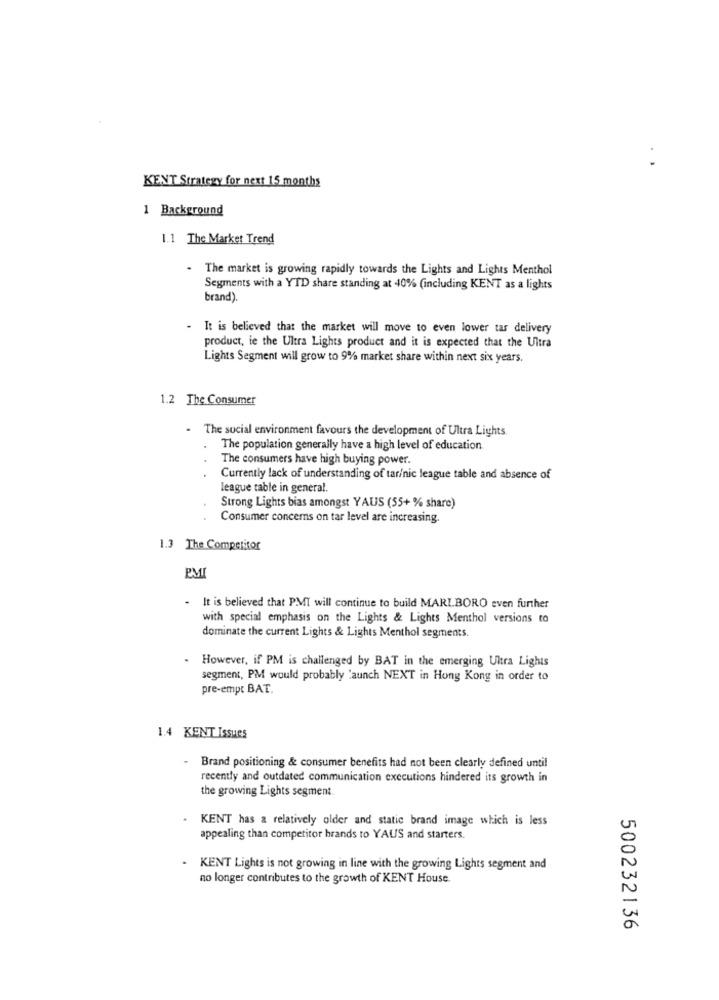
KENT Strategy for next 15 months
1 Background
1.1 The Market Trend
- The market is growing rapidly towards the Lights and Lights Menthol
Segments with a YTD share standing at 40% (including KENT as a lights
brand).
- It is believed that the market will move to even lower tas delivery
product, ie the Ultra Lights product and it is expected that the Ultra
Lights Segment will grow to 9% market share within next six years.
1.2 The Consumer
- The social environment favours the development of Ultra Lights.
The population generally have a high level of education.
The consumers have high buying power.
Currently lack of understanding of tar/nic league table and absence of
league table in general.
Strong Lights bias amongst YAUS (55+ % share)
Consumer concerns on tar level are increasing.
1.3 The Competitor
PMI
It is believed that PMI will continue to build MARLBORO even further
with special emphasis on the Lights & Lights Menthol versions to
dominate the current Lights & Lights Menthol segments.
. However, if PM is challenged by BAT in the emerging Ultra Lights
segment, PM would probably 'aunch NEXT in Hong Kong in order to
pre-empe BAT.
1.4 KENT Issues
-
Brand positioning & consumer benefits had not been clearly defined until
recently and outdated communication executions hindered its growth in
the growing Lights segment.
KENT has a relatively older and static brand image which is less
appealing than competitor brands to YAUS and starters.
.
KENT Lights is not growing in line with the growing Lights segment and
no longer contributes to the growth of KENT House.
500232136